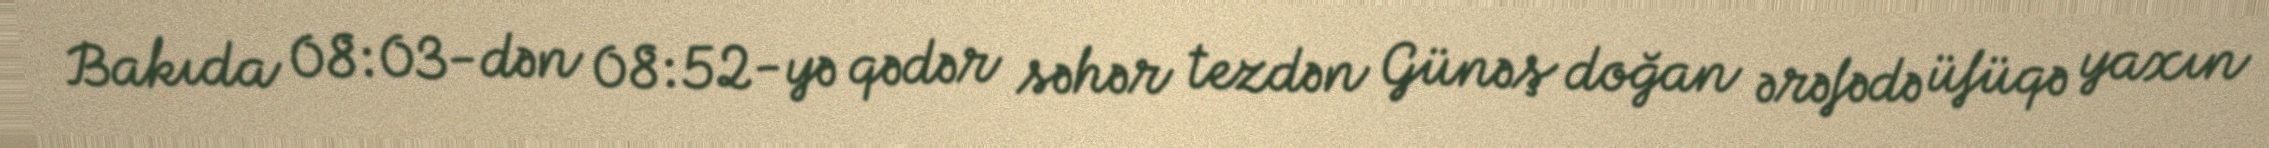
Bakıda 08:03-dən 08:52-yə qədər səhər tezdən Günəş doğan ərəfədə üfüqə yaxın